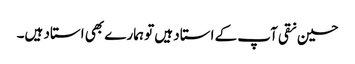
حسین نقی آپ کے استاد ہیں تو ہمارے بھی استاد ہیں۔